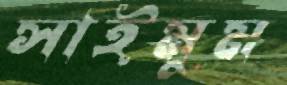
সাইমুম